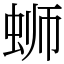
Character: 蛳